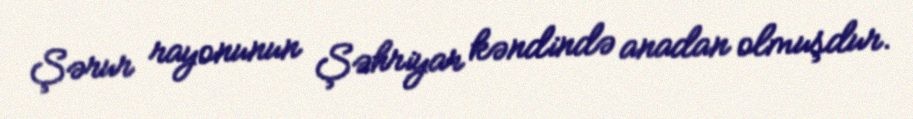
Şərur rayonunun Şəhriyar kəndində anadan olmuşdur.